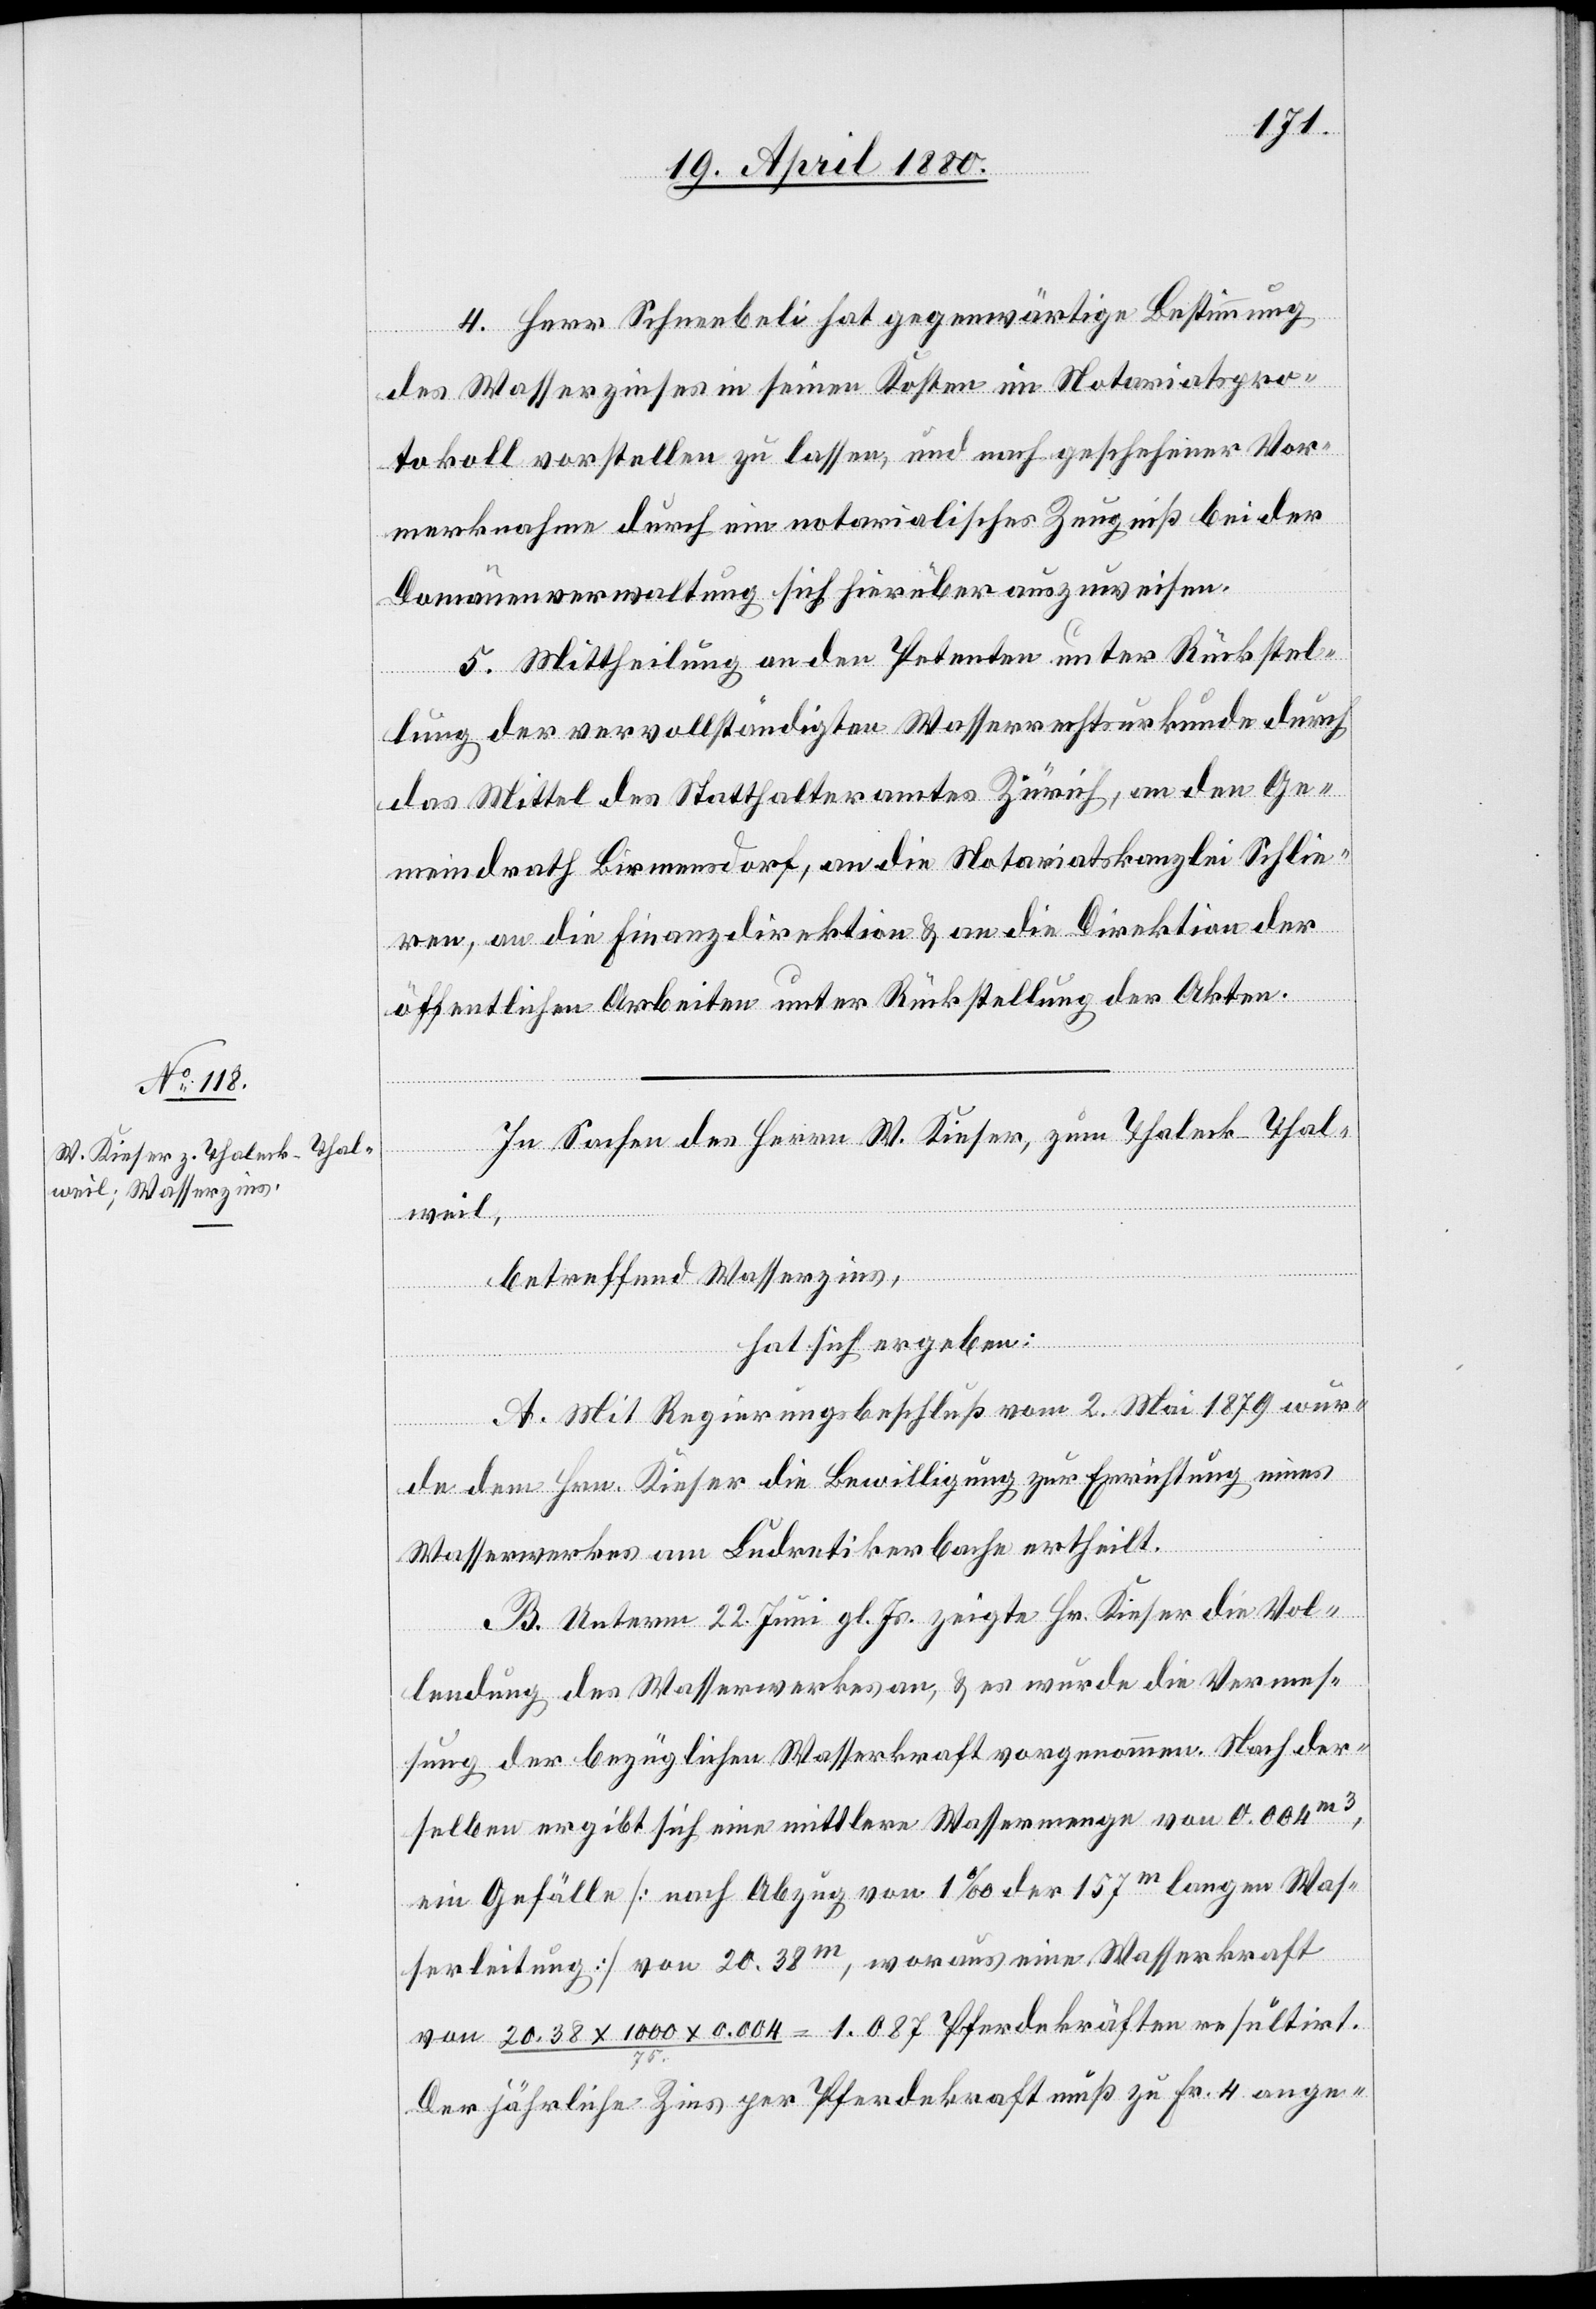
4. Herr Schneebeli hat gegenwärtige Bestimmung
des Wasserzinses in seinen Kosten im Notariatspro¬
tokoll vorstellen zu lassen, und nach geschehener Vor¬
merknahme durch ein notarialisches Zeugniß bei der
Domänenverwaltung sich hierüber auszuweisen.
5. Mittheilung an den Petenten unter Rückstel¬
lung der vervollständigten Wasserrechtsurkunde durch
das Mittel des Statthalteramtes Zürich, an den Ge¬
meindrath Birmensdorf, an die Notariatskanzlei Schlie¬
ren, an die Finanzdirektion & an die Direktion der
öffentlichen Arbeiten unter Rückstellung der Akten.
In Sachen des Herrn W. Kieser, zum Thaleck - Thal¬
weil,
betreffend Wasserzins,
hat sich ergeben:
A. Mit Regierungsbeschluß vom 2. Mai 1879 wur¬
de dem Hrn. Kieser die Bewilligung zur Errichtung eines
Wasserwerkes am Ludretikerbache ertheilt.
B. Unterm 22. Juni gl. Js. zeigt Hr. Kieser die Vol¬
lendung des Wasserwerkes an, & es wurde die Vermes¬
sung der bezüglichen Wasserkraft vorgenommen. Nach der¬
selben ergibt sich eine mittlere Wassermenge von 0.004m3,
ein Gefälle [nach Abzug von 1‰ der 157m langen Was¬
serleitung] von 20.38m, woraus eine Wasserkraft
von 20.38 x 1000 x 0.004/75 = 1.087 Pferdekräften resultirt.
Der jährliche Zins per Pferdekraft muß zu Fr. 4 ange-